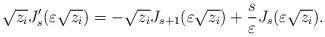
LaTeX: \begin{align*} \sqrt{z_i} J_s'(\varepsilon \sqrt{z_i}) = - \sqrt{z_i} J_{s+1} (\varepsilon \sqrt{z_i}) + \frac{s}{\varepsilon} J_s(\varepsilon \sqrt{z_i}). \end{align*}